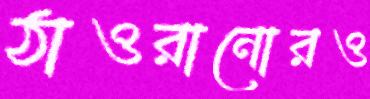
ঠাওরানোরও